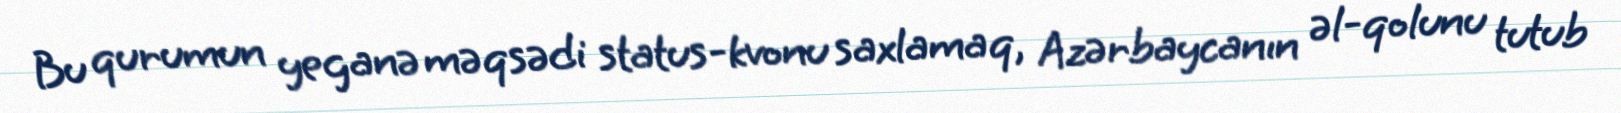
Bu qurumun yeganə məqsədi status-kvonu saxlamaq, Azərbaycanın əl-qolunu tutub